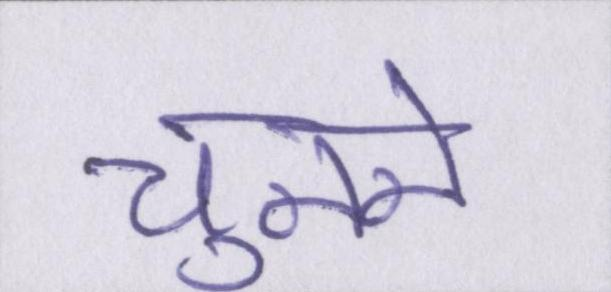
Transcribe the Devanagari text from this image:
चुनने